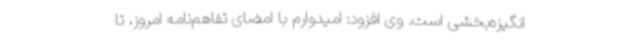
انگیزه‌بخشی است. وی افزود: امیدوارم با امضای تفاهم‌نامه امروز، تا